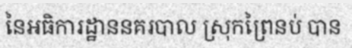
នៃអធិការដ្ឋាននគរបាល ស្រុកព្រៃនប់ បាន